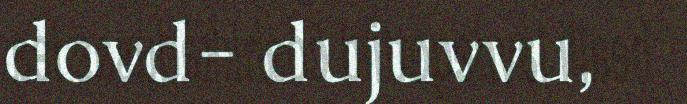
dovd- dujuvvu,